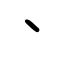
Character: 丶